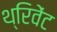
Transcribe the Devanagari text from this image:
थ्रिवेंट